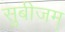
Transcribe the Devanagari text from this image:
सुबीजम्